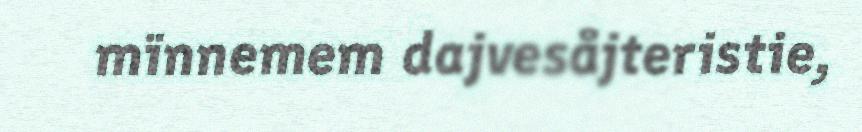
mïnnemem dajvesåjteristie,